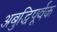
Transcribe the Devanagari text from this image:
अबुद्धिपूर्वक